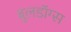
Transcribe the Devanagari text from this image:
बुलडॉग्‍स